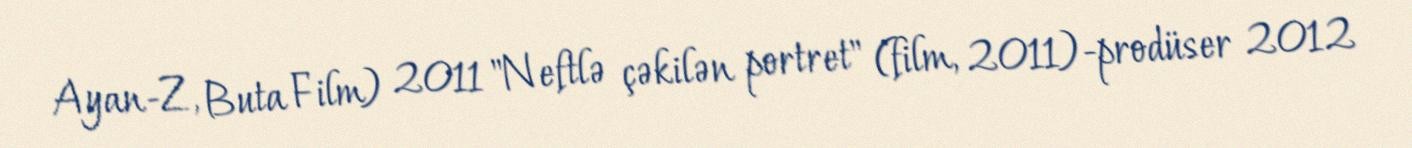
Ayan-Z, Buta Film) 2011 "Neftlə çəkilən portret" (film, 2011)-prodüser 2012